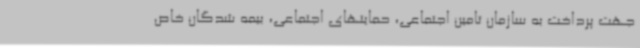
جهت پرداخت به سازمان تامین اجتماعی، حمایتهای اجتماعی، بیمه شدگان خاص